Scientific memoirs by medical officers of the Army of India - Part XI,
Year: 1898
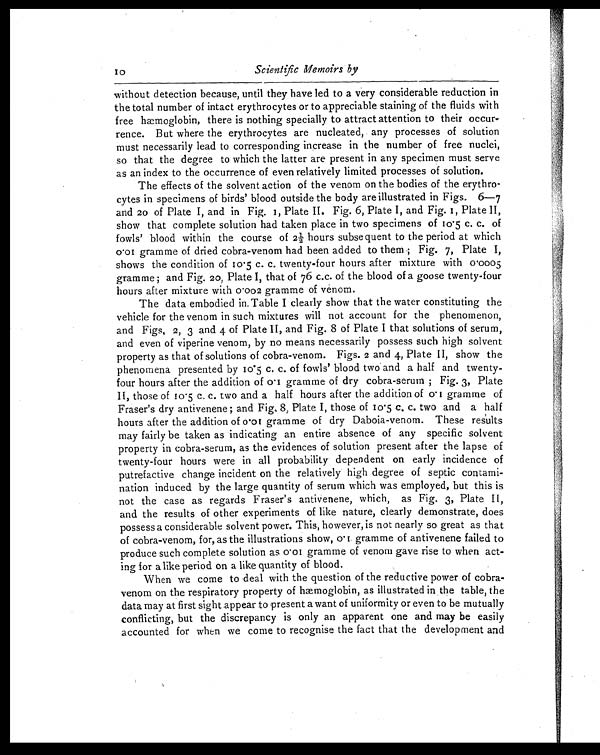
10
Scientific Memoirs by
without detection because, until they have led to a very considerable reduction in
the total number of intact erythrocytes or to appreciable staining of the fluids with
free hæmoglobin, there is nothing specially to attract attention to their occur-
rence. But where the erythrocytes are nucleated, any processes of solution
must necessarily lead to corresponding increase in the number of free nuclei,
so that the degree to which the latter are present in any specimen must serve
as an index to the occurrence of even relatively limited processes of solution.
The effects of the solvent action of the venom on the bodies of the erythro-
cytes in specimens of birds' blood outside the body are illustrated in Figs. 6—7
and 20 of Plate I, and in Fig. 1, Plate II. Fig. 6, Plate I, and Fig. I, Plate II,
show that complete solution had taken place in two specimens of 10.5 c. c. of
fowls' blood within the course of 2½ hours subsequent to the period at which
0.01 gramme of dried cobra-venom had been added to them; Fig. 7, Plate I,
shows the condition of 10.5 c. c. twenty-four hours after mixture with 0.0005
gramme; and Fig. 20, Plate I, that of 76 c.c. of the blood of a goose twenty-four
hours after mixture with 0.002 gramme of venom.
The data embodied in, Table I clearly show that the water constituting the
vehicle for the venom in such mixtures will not account for the phenomenon,
and Figs, 2, 3 and 4 of Plate II, and Fig. 8 of Plate I that solutions of serum,
and even of viperine venom, by no means necessarily possess such high solvent
property as that of solutions of cobra-venom. Figs. 2 and 4, Plate II, show the
phenomena presented by 10.5 c. c. of fowls' blood two and a half and twenty-
four hours after the addition of 0.1 gramme of dry cobra-serum ; Fig. 3, Plate
II, those of 10.5 c, c. two and a half hours after the addition of 0.1 gramme of
Fraser's dry antivenene; and Fig. 8, Plate I, those of 10.5 c. c. two and a half
hours after the addition of 0.01 gramme of dry Daboia-venom. These results
may fairly be taken as indicating an entire absence of any specific solvent
property in cobra-serum, as the evidences of solution present after the lapse of
twenty-four hours were in all probability dependent on early incidence of
putrefactive change incident on the relatively high degree of septic contami-
nation induced by the large quantity of serum which was employed, but this is
not the case as regards Fraser's antivenene, which, as Fig. 3, Plate II,
and the results of other experiments of like nature, clearly demonstrate, does
possess a considerable solvent power. This, however, is not nearly so great as that
of cobra-venom, for, as the illustrations show, 0.1 gramme of antivenene failed to
produce such complete solution as 0.01 gramme of venom gave rise to when act-
ing for a like period on a like quantity of blood.
When we come to deal with the question of the reductive power of cobra-
venom on the respiratory property of hæmoglobin, as illustrated in the table, the
data may at first sight appear to present a want of uniformity or even to be mutually
conflicting, but the discrepancy is only an apparent one and may be easily
accounted for when we come to recognise the fact that the development and